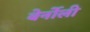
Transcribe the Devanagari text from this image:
बेर्नोली